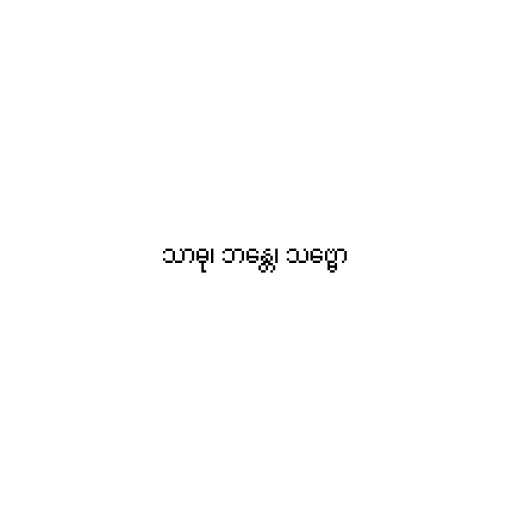
သာဓု၊ ဘန္တေ၊ သဗ္ဗော